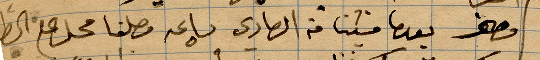
وصف بعدما فشيئًا من الحادي بساعة وصلنا محل ...